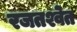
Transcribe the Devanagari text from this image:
रजतश्वेत